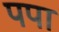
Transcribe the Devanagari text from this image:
पपा